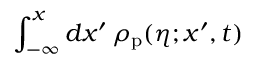
\int _ { - \infty } ^ { x } d x ^ { \prime } \, \rho _ { \mathrm { p } } ( \eta ; x ^ { \prime } , t )